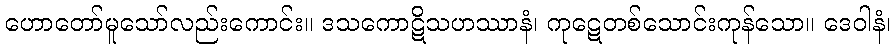
ဟောတော်မူသော်လည်းကောင်း။ ဒသကောဋိသဟဿာနံ၊ ကုဋေတစ်သောင်းကုန်သော။ ဒေဝါနံ၊